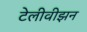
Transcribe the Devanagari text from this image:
टेलीवीझन